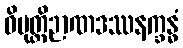
ဝိမုတ္တိဉာဏဒဿနက္ခန္ဓံ